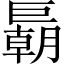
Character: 𢀭